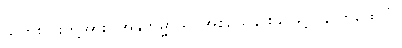
သူတစ်ပါးတို့အား။ အနူကမ္မာယ၊ အစဉ်သနားသဖြင့်။ န ကထေသိ၊